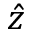
\hat { z }